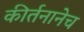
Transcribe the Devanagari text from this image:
कीर्तनानेच